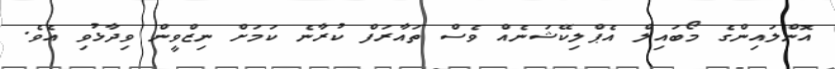
އޮންލައިންގެ މޯބައިލް އެޕްލިކޭޝަނެއް ވެސް ތައާރަފް ކުރާނެ ކަމަށް ނިޒްވީން ވިދާޅުވި އެވެ.